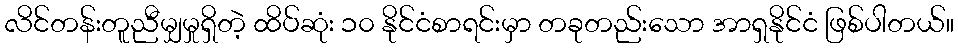
လိင်တန်းတူညီမျှမှုရှိတဲ့ ထိပ်ဆုံး ၁၀ နိုင်ငံစာရင်းမှာ တခုတည်းသော အာရှနိုင်ငံ ဖြစ်ပါတယ်။